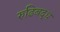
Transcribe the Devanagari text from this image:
रुढिबद्ध